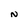
Character: N